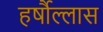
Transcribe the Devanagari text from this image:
हर्षौल्लास